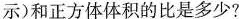
示)和正方体体积的比是多少?